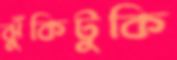
ঝুঁকিটুকি